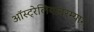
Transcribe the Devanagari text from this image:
ऑस्ट्रेलियादरम्यान